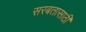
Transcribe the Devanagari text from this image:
सरबतासाठी